Vaccination in Bombay 1924-1928 - 1924-1928
Year: 1924
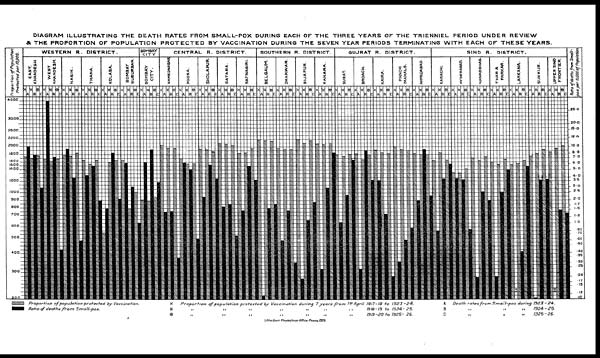
DIAGRAM ILLUSTRATING THE DEATH RATES FROM SMALL-POX DURING EACH OF THE THREE YEARS OF THE TRIENNIEL PERIOD UNDER REVIEW
& THE PROPORTION OF POPULATION PROTECTED BY VACCINATION DURING THE SEVEN YEAR PERIODS TERMINATING WITH EACH OF THESE YEARS.